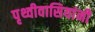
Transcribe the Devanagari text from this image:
पृथ्वीवासियांनी